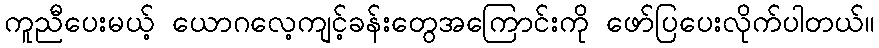
ကူညီပေးမယ့် ယောဂလေ့ကျင့်ခန်းတွေအကြောင်းကို ဖော်ပြပေးလိုက်ပါတယ်။